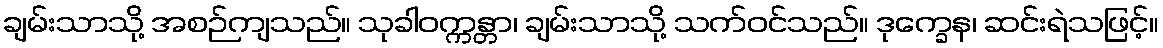
ချမ်းသာသို့ အစဉ်ကျသည်။ သုခါဝက္ကန္တာ၊ ချမ်းသာသို့ သက်ဝင်သည်။ ဒုက္ခေန၊ ဆင်းရဲသဖြင့်။